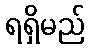
ရရှိမည်